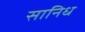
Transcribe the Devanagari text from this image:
सानिध